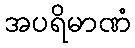
အပရိမာဏံ